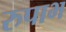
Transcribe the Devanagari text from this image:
रुपाभ